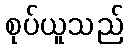
စုပ်ယူသည်